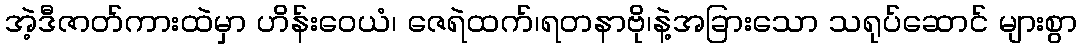
အဲ့ဒီဇာတ်ကားထဲမှာ ဟိန်းဝေယံ၊ ဇေရဲထက်၊ရတနာဗို၊နဲ့အခြားသော သရုပ်ဆောင် များစွာ